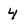
Character: 4